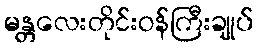
မန္တလေးတိုင်းဝန်ကြီးချုပ်